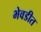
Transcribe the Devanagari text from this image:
भेवडीत